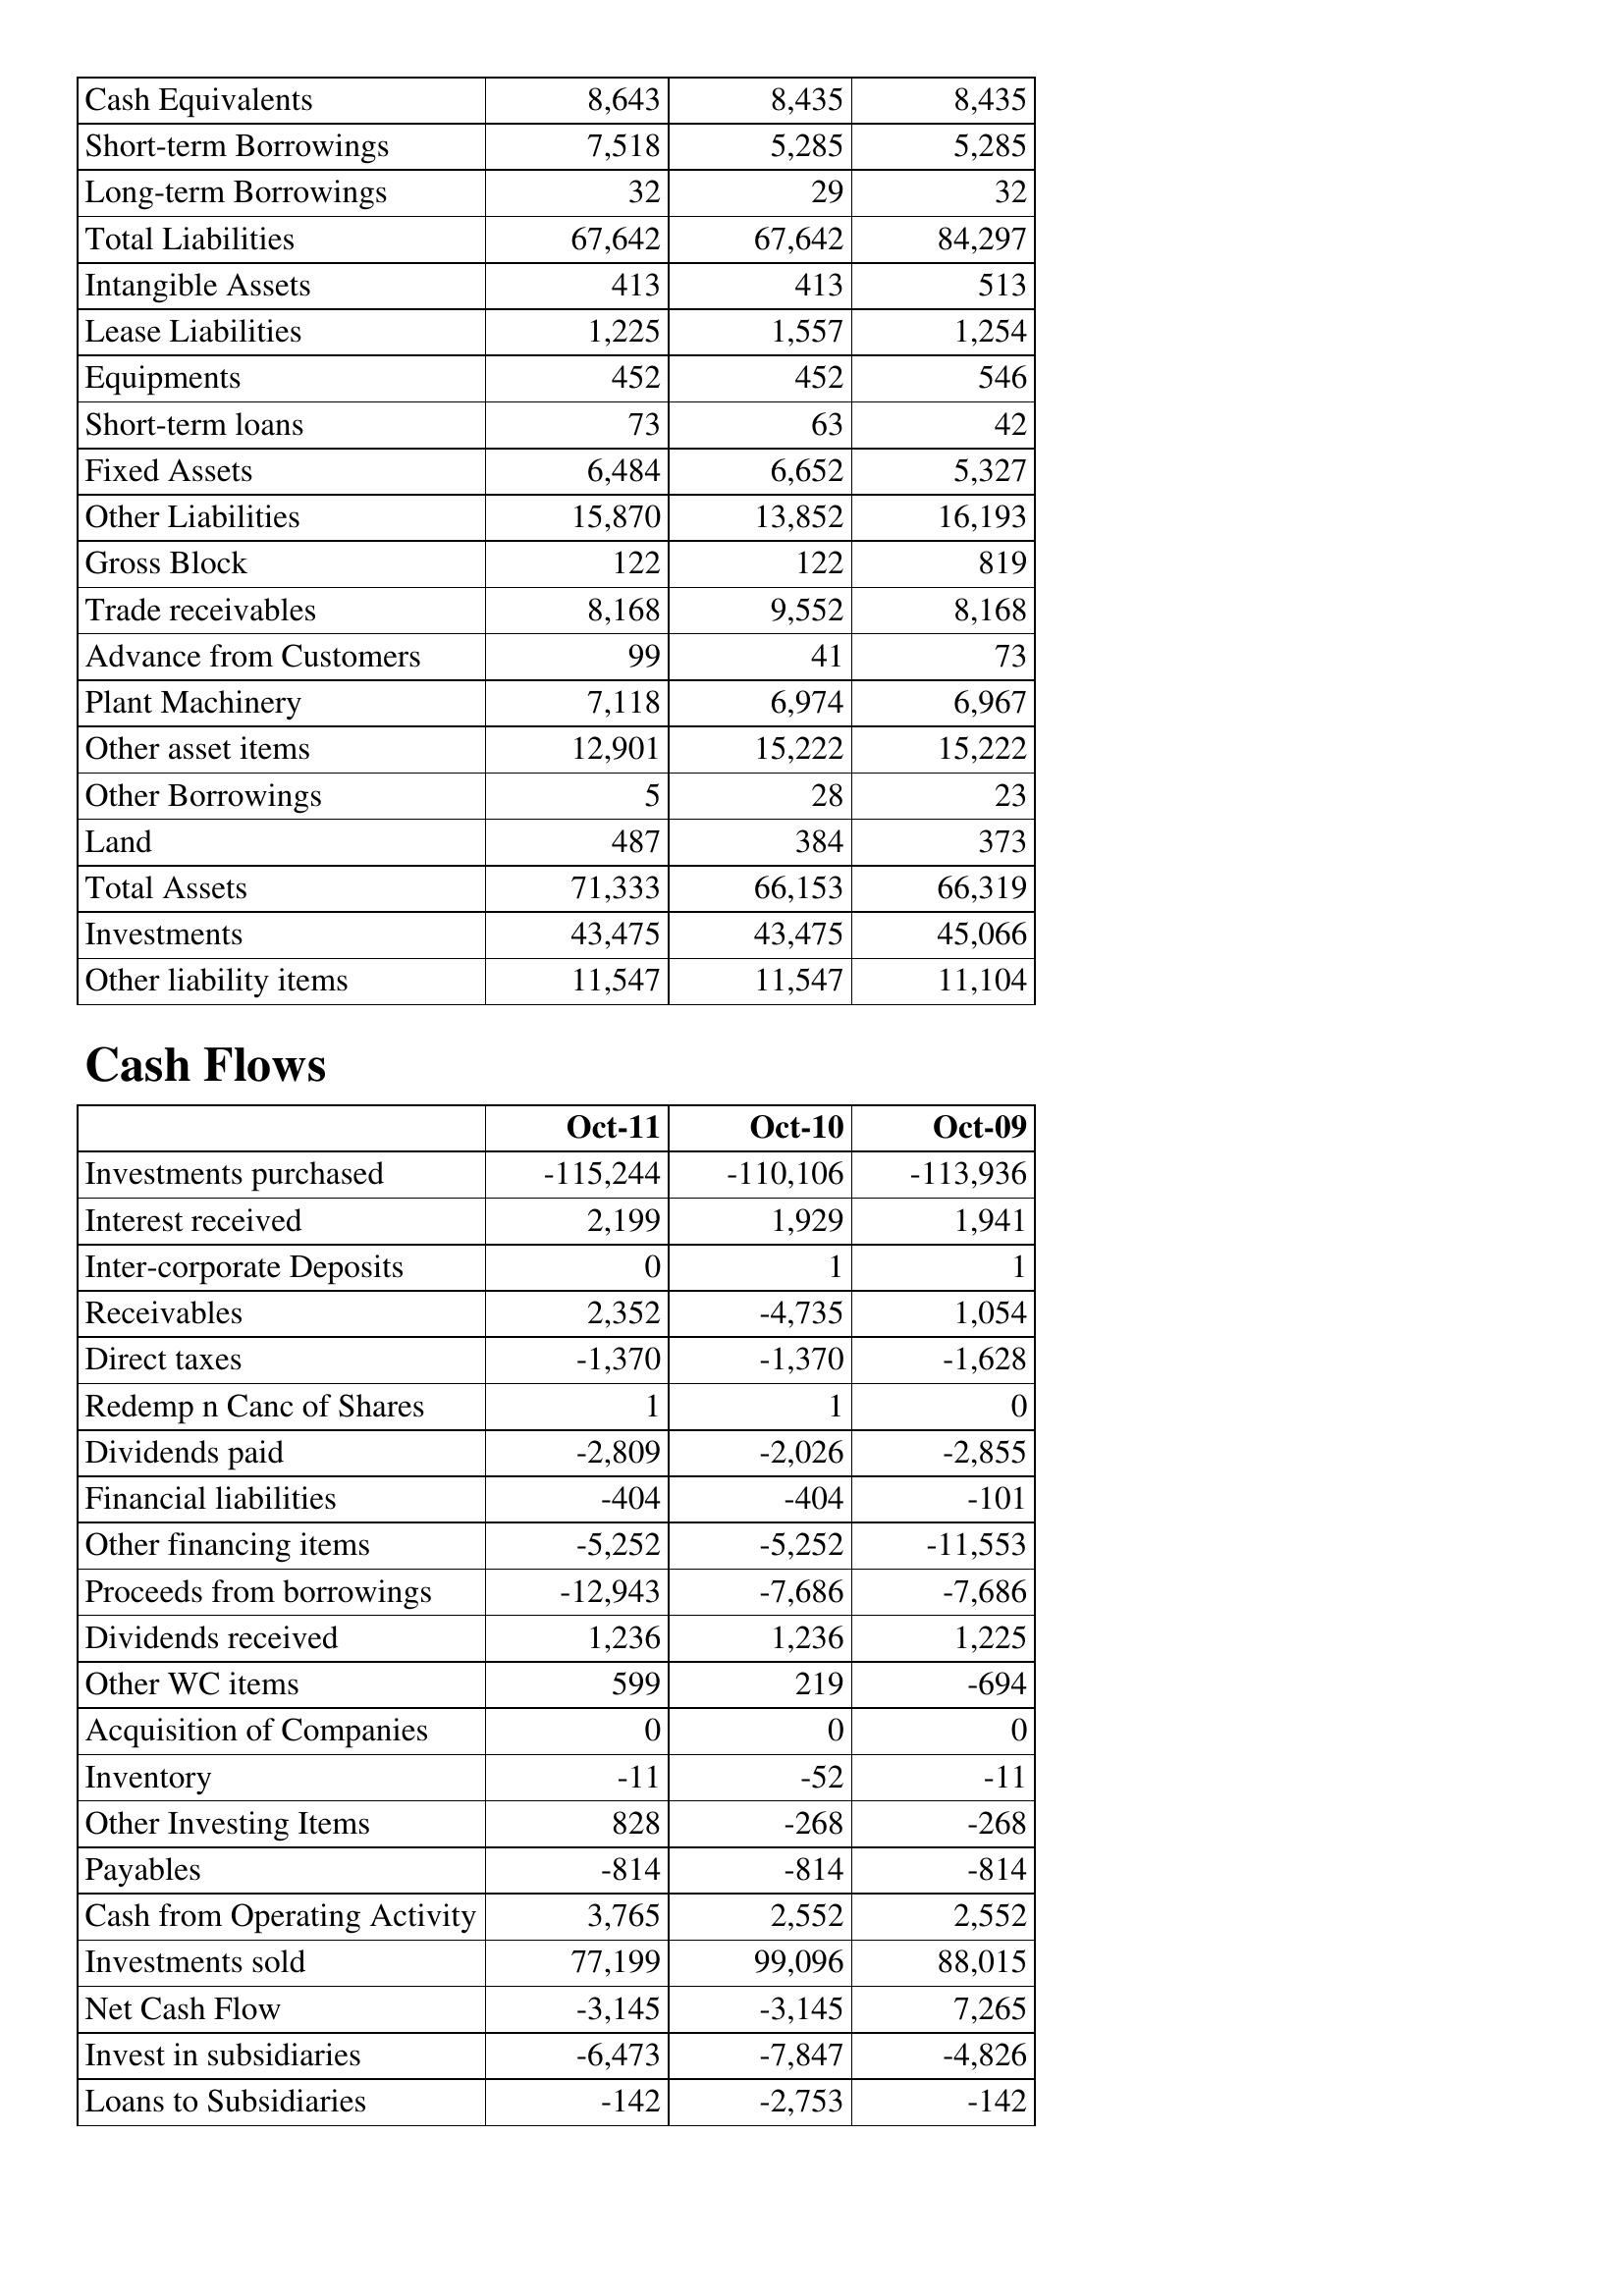
Oct-11: Balance Sheet: Cash Equivalents: 8,643
Short-term Borrowings: 7,518
Long-term Borrowings: 32
Total Liabilities: 67,642
Intangible Assets: 413
Lease Liabilities: 1,225
Equipments: 452
Short-term loans: 73
Fixed Assets: 6,484
Other Liabilities: 15,870
Gross Block: 122
Trade receivables: 8,168
Advance from Customers: 99
Plant Machinery: 7,118
Other asset items: 12,901
Other Borrowings: 5
Land: 487
Total Assets: 71,333
Investments: 43,475
Other liability items: 11,547
Cash Flows: Investments purchased: -115,244
Interest received: 2,199
Inter-corporate Deposits: 0
Receivables: 2,352
Direct taxes: -1,370
Redemp n Canc of Shares: 1
Dividends paid: -2,809
Financial liabilities: -404
Other financing items: -5,252
Proceeds from borrowings: -12,943
Dividends received: 1,236
Other WC items: 599
Acquisition of Companies: 0
Inventory: -11
Other Investing Items: 828
Payables: -814
Cash from Operating Activity: 3,765
Investments sold: 77,199
Net Cash Flow: -3,145
Invest in subsidiaries: -6,473
Loans to Subsidiaries: -142
Oct-10: Balance Sheet: Cash Equivalents: 8,435
Short-term Borrowings: 5,285
Long-term Borrowings: 29
Total Liabilities: 67,642
Intangible Assets: 413
Lease Liabilities: 1,557
Equipments: 452
Short-term loans: 63
Fixed Assets: 6,652
Other Liabilities: 13,852
Gross Block: 122
Trade receivables: 9,552
Advance from Customers: 41
Plant Machinery: 6,974
Other asset items: 15,222
Other Borrowings: 28
Land: 384
Total Assets: 66,153
Investments: 43,475
Other liability items: 11,547
Cash Flows: Investments purchased: -110,106
Interest received: 1,929
Inter-corporate Deposits: 1
Receivables: -4,735
Direct taxes: -1,370
Redemp n Canc of Shares: 1
Dividends paid: -2,026
Financial liabilities: -404
Other financing items: -5,252
Proceeds from borrowings: -7,686
Dividends received: 1,236
Other WC items: 219
Acquisition of Companies: 0
Inventory: -52
Other Investing Items: -268
Payables: -814
Cash from Operating Activity: 2,552
Investments sold: 99,096
Net Cash Flow: -3,145
Invest in subsidiaries: -7,847
Loans to Subsidiaries: -2,753
Oct-09: Balance Sheet: Cash Equivalents: 8,435
Short-term Borrowings: 5,285
Long-term Borrowings: 32
Total Liabilities: 84,297
Intangible Assets: 513
Lease Liabilities: 1,254
Equipments: 546
Short-term loans: 42
Fixed Assets: 5,327
Other Liabilities: 16,193
Gross Block: 819
Trade receivables: 8,168
Advance from Customers: 73
Plant Machinery: 6,967
Other asset items: 15,222
Other Borrowings: 23
Land: 373
Total Assets: 66,319
Investments: 45,066
Other liability items: 11,104
Cash Flows: Investments purchased: -113,936
Interest received: 1,941
Inter-corporate Deposits: 1
Receivables: 1,054
Direct taxes: -1,628
Redemp n Canc of Shares: 0
Dividends paid: -2,855
Financial liabilities: -101
Other financing items: -11,553
Proceeds from borrowings: -7,686
Dividends received: 1,225
Other WC items: -694
Acquisition of Companies: 0
Inventory: -11
Other Investing Items: -268
Payables: -814
Cash from Operating Activity: 2,552
Investments sold: 88,015
Net Cash Flow: 7,265
Invest in subsidiaries: -4,826
Loans to Subsidiaries: -142